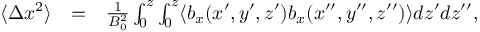
\begin{array} { r l r } { \langle \Delta x ^ { 2 } \rangle } & { = } & { \frac { 1 } { B _ { 0 } ^ { 2 } } \int _ { 0 } ^ { z } \int _ { 0 } ^ { z } \langle b _ { x } ( x ^ { \prime } , y ^ { \prime } , z ^ { \prime } ) b _ { x } ( x ^ { \prime \prime } , y ^ { \prime \prime } , z ^ { \prime \prime } ) \rangle d z ^ { \prime } d z ^ { \prime \prime } , } \end{array}